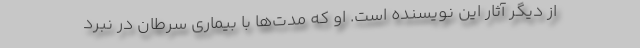
از دیگر آثار این نویسنده است. او که مدت‌ها با بیماری سرطان در نبرد